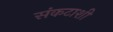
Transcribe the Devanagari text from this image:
संकटाशी